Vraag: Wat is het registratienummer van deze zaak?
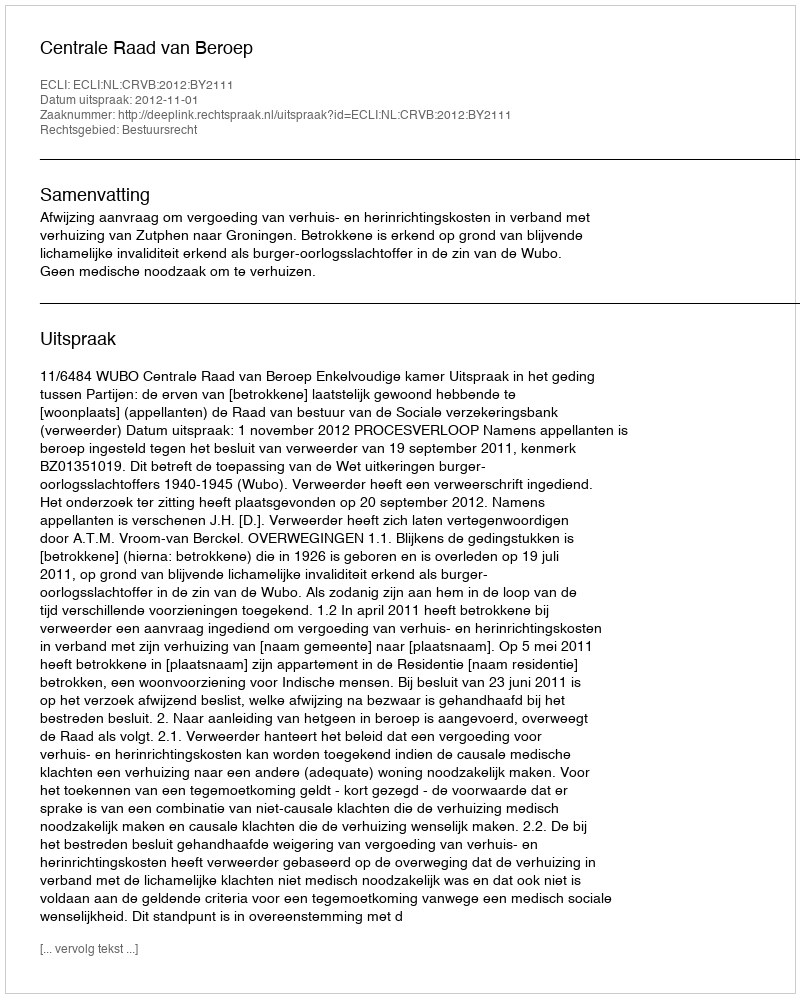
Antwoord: http://deeplink.rechtspraak.nl/uitspraak?id=ECLI:NL:CRVB:2012:BY2111